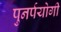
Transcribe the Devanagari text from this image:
पुनर्पयोगी